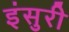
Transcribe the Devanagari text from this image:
इंसुरी